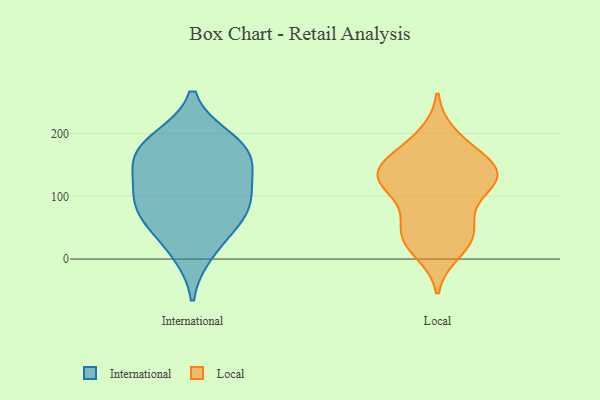
{"axis": {"x": "Customer Acquisition Cost (USD)", "y": "Value"}, "legend": ["International", "Local"], "data": [{"x": "", "y": 70, "type": "International"}, {"x": "", "y": 108, "type": "International"}, {"x": "", "y": 163, "type": "International"}, {"x": "", "y": 160, "type": "International"}, {"x": "", "y": 190, "type": "International"}, {"x": "", "y": 11, "type": "International"}, {"x": "", "y": 92, "type": "International"}, {"x": "", "y": 145, "type": "International"}, {"x": "", "y": 186, "type": "International"}, {"x": "", "y": 88, "type": "International"}, {"x": "", "y": 49, "type": "International"}, {"x": "", "y": 187, "type": "Local"}, {"x": "", "y": 129, "type": "Local"}, {"x": "", "y": 128, "type": "Local"}, {"x": "", "y": 54, "type": "Local"}, {"x": "", "y": 33, "type": "Local"}, {"x": "", "y": 52, "type": "Local"}, {"x": "", "y": 70, "type": "Local"}, {"x": "", "y": 198, "type": "Local"}, {"x": "", "y": 156, "type": "Local"}, {"x": "", "y": 11, "type": "Local"}, {"x": "", "y": 20, "type": "Local"}, {"x": "", "y": 149, "type": "Local"}, {"x": "", "y": 121, "type": "Local"}, {"x": "", "y": 139, "type": "Local"}, {"x": "", "y": 151, "type": "Local"}, {"x": "", "y": 34, "type": "Local"}, {"x": "", "y": 123, "type": "Local"}, {"x": "", "y": 111, "type": "Local"}, {"x": "", "y": 155, "type": "Local"}, {"x": "", "y": 112, "type": "Local"}]}